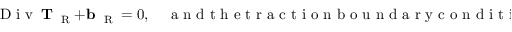
\mathrm { ~ D ~ i ~ v ~ } \, { \bf T } _ { \mathrm { ~ \tiny ~ R ~ } } + { \bf b } _ { \mathrm { ~ \tiny ~ R ~ } } = 0 , \quad \mathrm { ~ a ~ n ~ d ~ t ~ h ~ e ~ t ~ r ~ a ~ c ~ t ~ i ~ o ~ n ~ b ~ o ~ u ~ n ~ d ~ a ~ r ~ y ~ c ~ o ~ n ~ d ~ i ~ t ~ i ~ o ~ n ~ } \quad { \bf t } _ { \mathrm { ~ \tiny ~ R ~ } } ( { \bf n } _ { \mathrm { ~ \tiny ~ R ~ } } ) = { \bf T } _ { \mathrm { ~ \tiny ~ R ~ } } { \bf n } _ { \mathrm { ~ \tiny ~ R ~ } } .